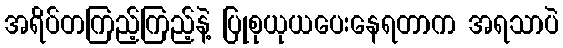
အရိပ်တကြည့်ကြည့်နဲ့ ပြုစုယုယပေးနေရတာက အရသာပဲ